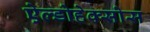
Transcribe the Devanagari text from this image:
ऐल्डोहेक्सोस